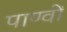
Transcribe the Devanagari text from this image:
पाण्वों